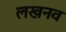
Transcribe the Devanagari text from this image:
लखनव